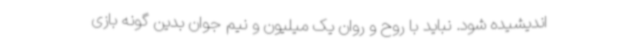
اندیشیده شود. نباید با روح و روان یک میلیون و نیم جوان بدین گونه بازی